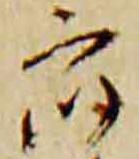
衆